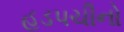
હડપચીનો